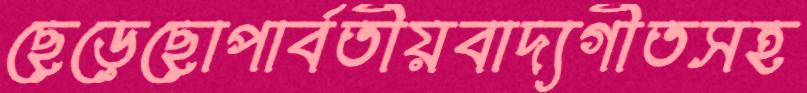
ছেড়েছোপার্বতীয়বাদ্যগীতসহ